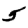
Digit: 5